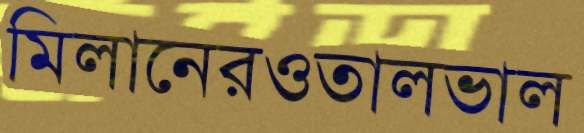
মিলানেরওতালভাল